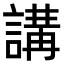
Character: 講